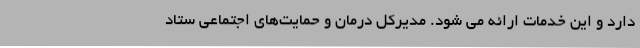
دارد و این خدمات ارائه می شود. مدیرکل درمان و حمایت‌های اجتماعی ستاد